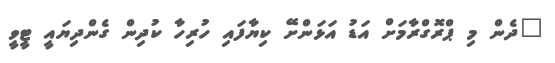
"ދެން މި ޕްރޮގްރާމަށް އަޑު އަޅަންށޭ ކިޔާފައި ހުރިހާ ކުދިން ގެންދިޔައީ ޓީވީ